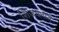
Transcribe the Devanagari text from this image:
शिजवतात